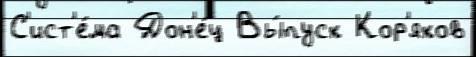
С'ист'е́ма Дон'е́ц Вы́пуск Кор'яков